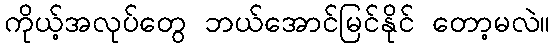
ကိုယ့်အလုပ်တွေ ဘယ်အောင်မြင်နိုင် တော့မလဲ။